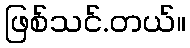
ဖြစ်သင်.တယ်။